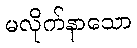
မလိုက်နာသော